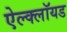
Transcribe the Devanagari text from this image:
ऐल्क्लॉयड